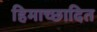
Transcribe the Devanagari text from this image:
हिमाच्‍छादित